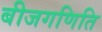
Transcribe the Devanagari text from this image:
बीजगणिति